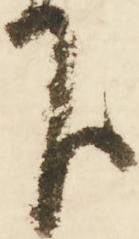
下